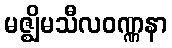
မဇ္ဈိမသီလဝဏ္ဏနာ